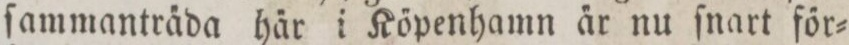
ſammantra̋da ha̋r i Kőpenhamm a̋r nu ſnart főr=